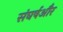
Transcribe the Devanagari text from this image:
संघर्षऔर